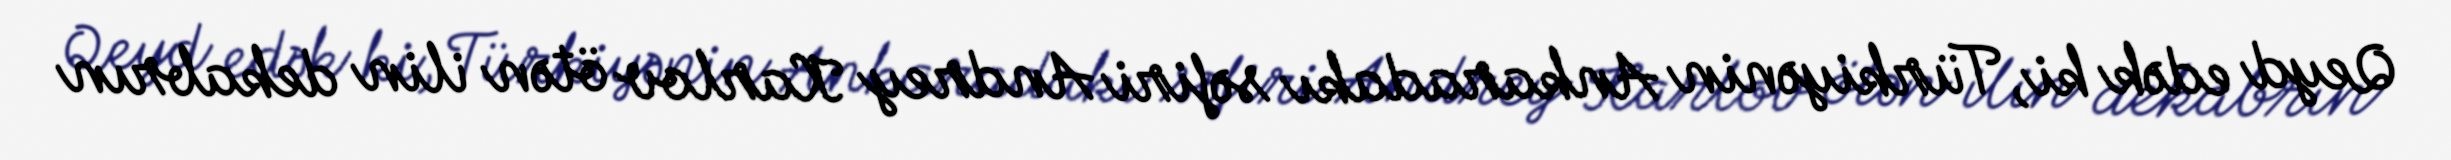
Qeyd edək ki, Türkiyənin Ankaradakı səfiri Andrey Karlov ötən ilin dekabrın